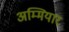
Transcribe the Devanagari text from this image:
अम्मियार